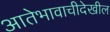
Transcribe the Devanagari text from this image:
आतेभावाचीदेखील